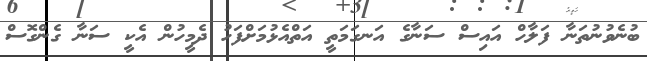
ބުނެވުނުތަނާ ފަލާހް އައިސް ސަނާގެ އަނގަމަތީ އަތްއެޅުމަށްފަހު ދެމީހުން އެކީ ސަނާ ގެންގޮސް